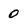
Character: 0